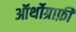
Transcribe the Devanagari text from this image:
ऑर्थोग्राफ़ी